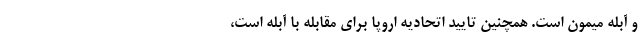
و آبله میمون است. همچنین تایید اتحادیه اروپا برای مقابله با آبله است،